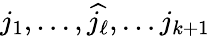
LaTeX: j_{1},\ldots,{\widehat{j_{\ell}}},\ldots j_{k+1}